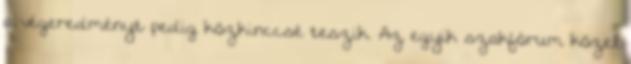
a végeredményt pedig közkinccsé teszik. Az egyik szakfórum közel